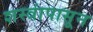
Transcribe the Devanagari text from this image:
शस्त्रांपासून